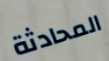
المحادثة